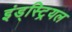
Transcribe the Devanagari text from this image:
इंड्स्ट्रियल